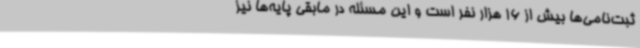
ثبت‌نامی‌ها بیش از 16 هزار نفر است و این مسئله در مابقی پایه‌ها نیز